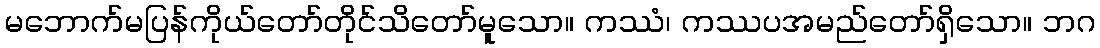
မဘောက်မပြန်ကိုယ်တော်တိုင်သိတော်မူသော။ ကဿံ၊ ကဿပအမည်တော်ရှိသော။ ဘဂ